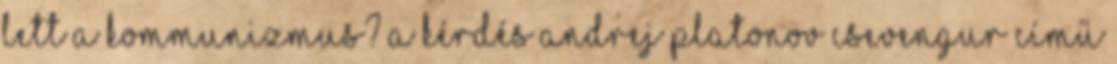
lett a kommunizmus? A kérdés Andrej Platonov Csevengur című